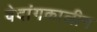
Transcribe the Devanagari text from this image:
वेदांगकालीन